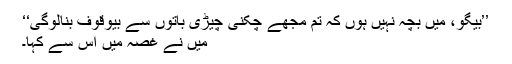
’’بیگو، میں بچہ نہیں ہُوں کہ تم مجھے چکنی چیڑی باتوں سے بیوقوف بنالوگی‘‘
میں نے غصہ میں اس سے کہا۔